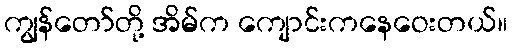
ကျွန်တော်တို့ အိမ်က ကျောင်းကနေဝေးတယ်။